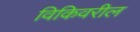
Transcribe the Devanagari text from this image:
विकिवरील